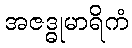
အဇဒ္ဓုမာရိကံ